Senior Leaving Certificate Examination (including Day School Certificate (Higher) General paper), 1949
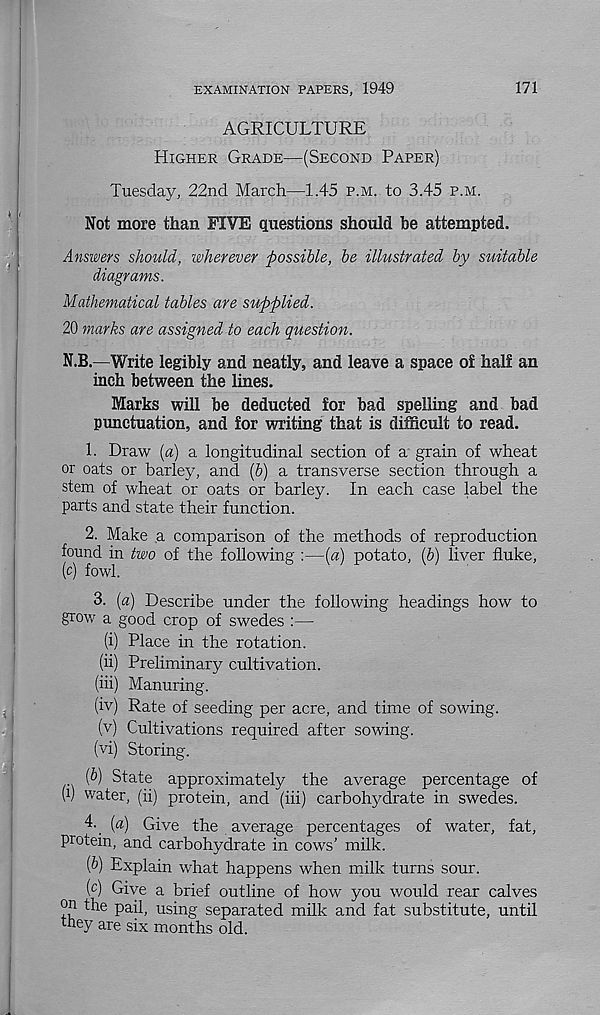
EXAMINATION PAPERS, 1949
171
AGRICULTURE
Higher Grade—(Second Paper)
Tuesday, 22nd March—1.45 p.m. to 3.45 p.m.
Not more than FIVE questions should be attempted.
Answers should, wherever possible, be illustrated by suitable
diagrams.
Mathematical tables are supplied.
20 marks are assigned to each question.
N.B.—Write legibly and neatly, and leave a space o£ hall an
inch between the lines.
Marks will be deducted for bad spelling and bad
punctuation, and for writing that is difficult to read.
1. Draw [a) a longitudinal section of a grain of wheat
or oats or barley, and (6) a transverse section through a
stem of wheat or oats or barley. In each case label the
parts and state their function.
2. Make a comparison of the methods of reproduction
found in two of the following :—[a) potato, (b) liver fluke,
(c) fowl.
3. [a) Describe under the following headings how to
grow a good crop of swedes :—
(i) Place in the rotation.
(ii) Preliminary cultivation.
(iii) Manuring.
(iv) Rate of seeding per acre, and time of sowing.
(v) Cultivations required after sowing.
(vi) Storing.
(&) State approximately the average percentage of
(i) water, (ii) protein, and (iii) carbohydrate in swedes.
4- (a) Give the average percentages of water, fat,
protein, and carbohydrate in cows’ milk.
{b) Explain what happens when milk turns sour.
(c) Give a brief outline of how you would rear calves
on the pail, using separated milk and fat substitute, until
they are six months old.